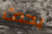
يحدث